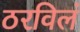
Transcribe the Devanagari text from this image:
ठरविलं